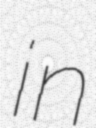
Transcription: in